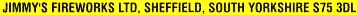
JIMMY'S FIREWORKS LTD, SHEFFIELD,SOUTH YORKSHIRE S75 3DL